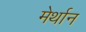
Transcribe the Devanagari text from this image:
मेर्थान